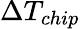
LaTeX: \Delta T_{chip}